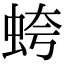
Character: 𧊘